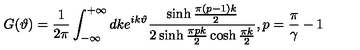
G ( \vartheta ) = \frac { 1 } { 2 \pi } \int _ { - \infty } ^ { + \infty } d k e ^ { i k \vartheta } \frac { \sinh \frac { \pi ( p - 1 ) k } { 2 } } { 2 \sinh \frac { \pi p k } { 2 } \cosh \frac { \pi k } { 2 } } , p = \frac { \pi } { \gamma } - 1